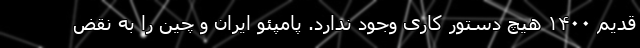
قدیم ۱۴۰۰ هیچ دستور کاری وجود ندارد. پامپئو ایران و چین را به نقض